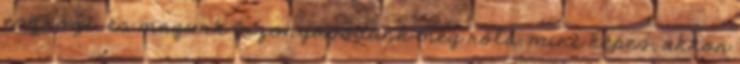
eszközt, és magunk bizonyosodunk meg róla, mire képes, akkor